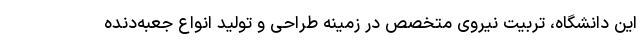
این دانشگاه، تربیت نیروی متخصص در زمینه طراحی و تولید انواع جعبه‌دنده